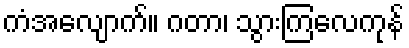
ကံအလျောက်။ ဂတာ၊ သွားကြလေကုန်